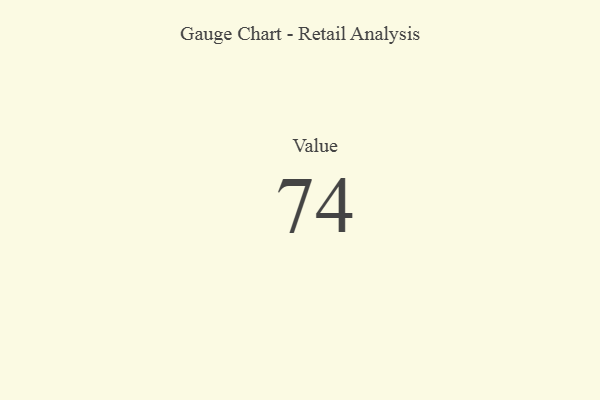
{"axis": {"x": "Metric", "y": "Value"}, "legend": [""], "data": [{"x": "Value", "y": 74, "type": ""}]}